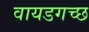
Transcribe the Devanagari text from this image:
वायडगच्छ